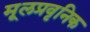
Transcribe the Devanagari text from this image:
मूलप्रवृनिक